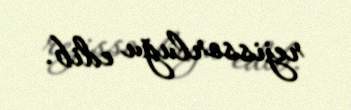
rejissorluğu edib.